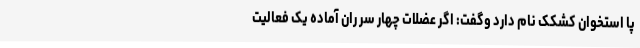
پا استخوان کشکک نام دارد وگفت: اگر عضلات چهار سر ران آماده یک فعالیت